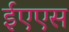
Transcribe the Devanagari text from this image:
ईएएस